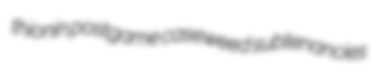
thionin postgame caseweed subtenancies